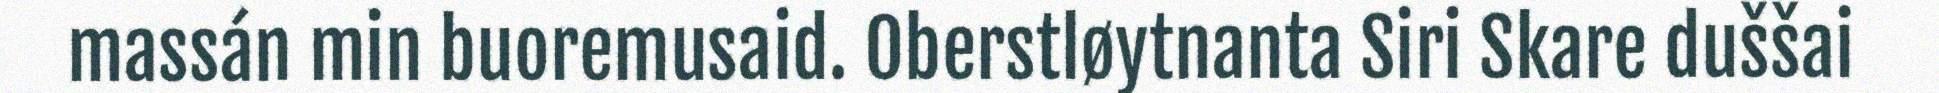
massán min buoremusaid. Oberstløytnanta Siri Skare duššai